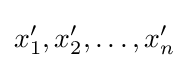
x_{1}',x_{2}',\ldots ,x_{n}'